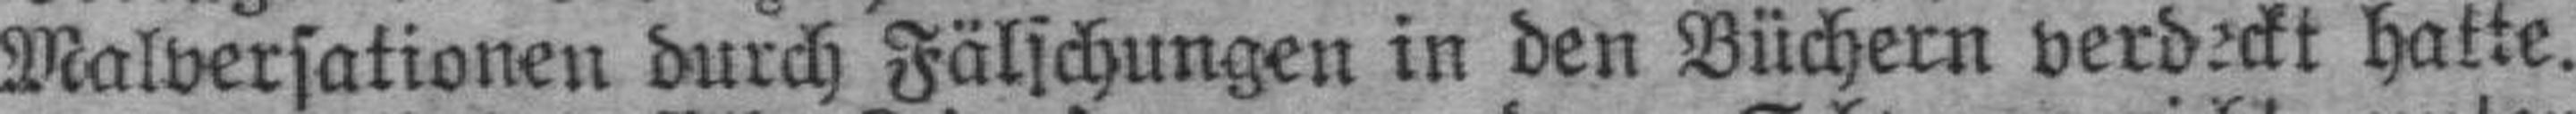
Malversationen durch Fälschungen in den Büchern verdeckt hatte.